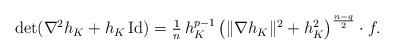
LaTeX: \begin{align*}\det(\nabla^2 h_K+h_K\,{\rm Id})=\mbox{$\frac1n$}\,h_K^{p-1}\left(\|\nabla h_K\|^2+h_K^2\right)^{\frac{n-q}2}\cdot f.\end{align*}